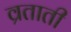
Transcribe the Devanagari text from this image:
व्रताती